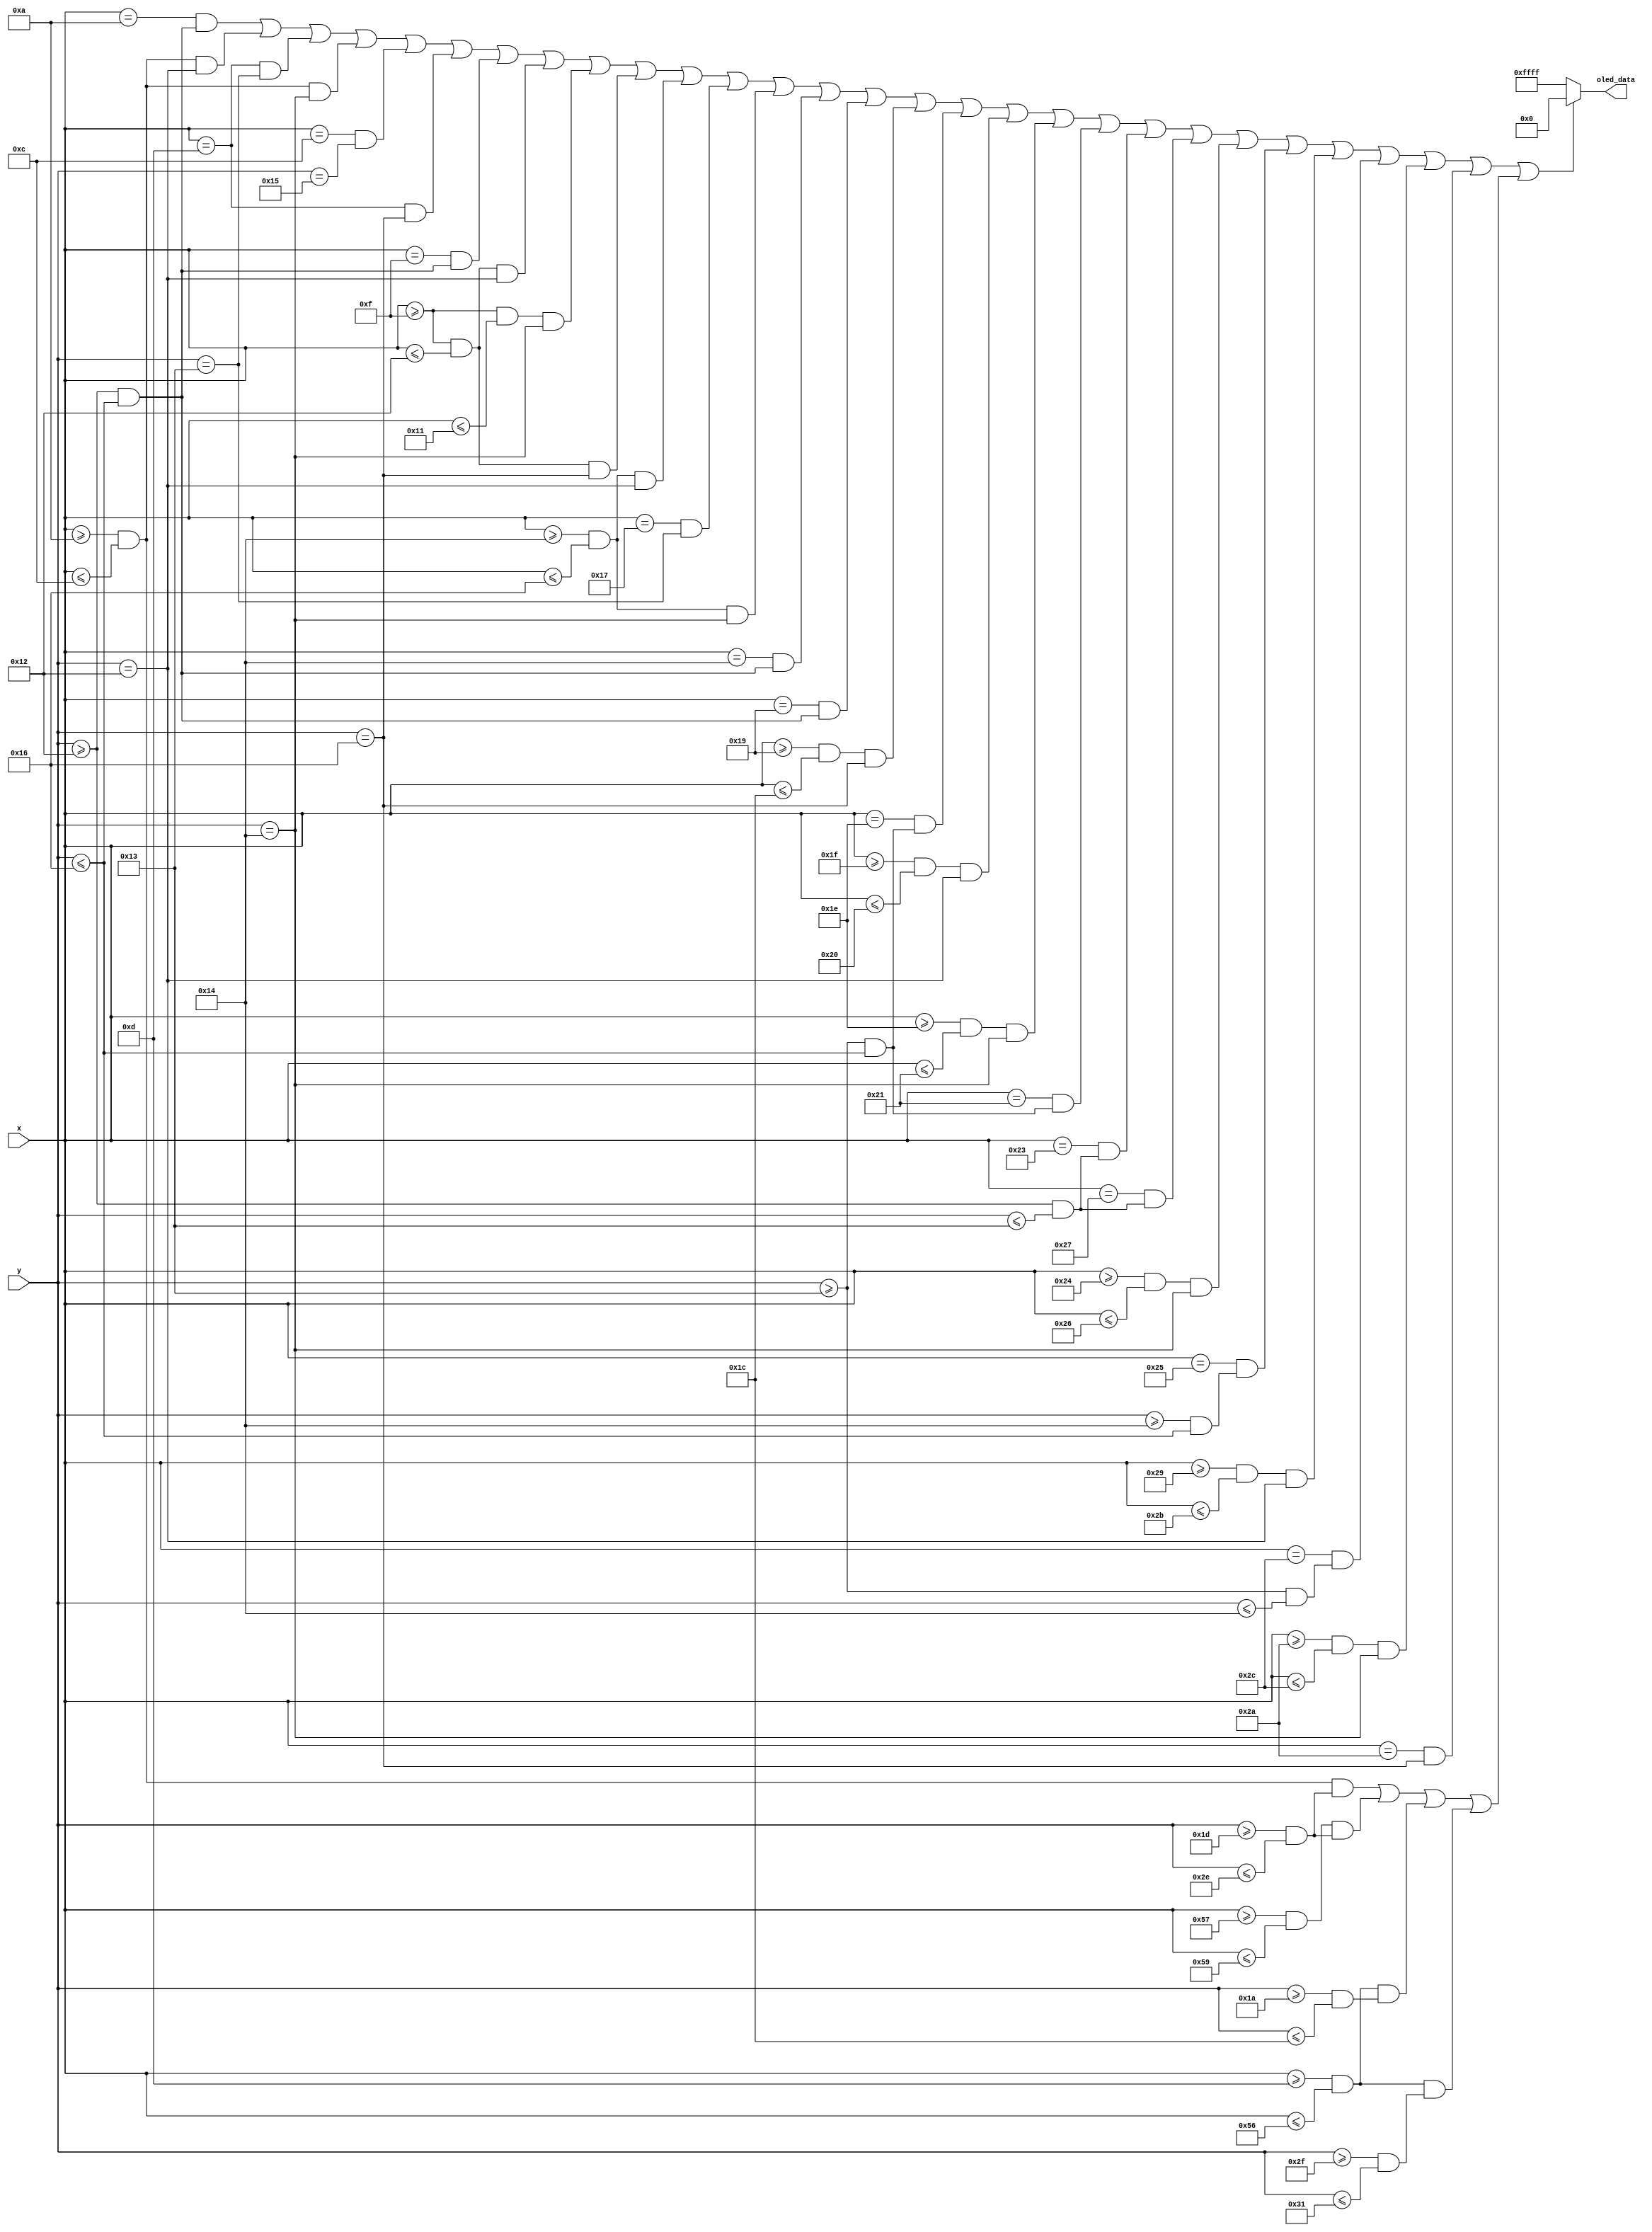
module Game_Replay(
  input [6:0] x,
  input [5:0] y,
  output reg [15:0] oled_data
);

//Define constant as local parameter
//Colour display
localparam GREEN = 16'h07E0;
localparam ORANGE = 16'hFFE0; //Yellow
localparam RED = 16'hF800;
localparam BLACK = 16'h0000;
localparam PURPLE = 16'hF81F;
localparam YELLOW = 16'hFC00;    
localparam BLUE = 16'h001F;
localparam WHITE = 16'hFFFF;
localparam CYAN = 16'hF81F;
localparam MAGENTA = 16'hF81F;
localparam BROWN = 16'h8204;
localparam SKYBLUE = 16'h5FFF;
localparam LIGHTGREEN = 16'hAFE5;
    
    
    wire REPLAY = ((x == 10) && (y >= 18 && y <= 22)) || ((x >= 10 && x <= 12) && (y == 18)) || ((x == 13) && (y == 19)) || ((x >= 10 && x <= 12) && (y == 20)) || ((x == 12) && (y == 21)) || ((x == 13) && (y == 22)) ||
                  ((x == 15) && (y >= 18 && y <= 22)) || ((x >= 15 && x <= 18) && (y == 18)) || ((x >= 15 && x <= 17) && (y == 20)) || ((x >= 15 && x <= 18) && (y == 22)) ||
                  ((x >= 20 && x <= 22) && (y == 18)) || ((x == 23) && (y == 19)) || ((x >= 20 && x <= 22) && (y == 20)) || ((x == 20) && (y >= 18 && y <= 22)) ||
                  ((x == 25) && (y >= 18 && y <= 22)) || ((x >= 25 && x <= 28) && (y == 22)) ||
                  ((x == 30) && (y >= 19 && y <= 22)) || ((x >= 31 && x <= 32) && (y == 18)) || ((x >= 30 && x <= 33) && (y == 20)) || ((x == 33) && (y >= 19 && y <= 22)) ||
                  ((x == 35) && (y >= 18 && y <= 19)) || ((x == 39) && (y >= 18 && y <= 19)) || ((x >= 36 && x <= 38) && (y == 20)) || ((x == 37) && (y >= 20 && y <= 22)) ||
                  ((x >= 41 && x <= 43) && (y == 18)) || ((x == 44) && (y >= 19 && y <= 20)) || ((x >= 42 && x <= 44) && (y ==20)) || ((x == 42) && (y == 22)); 

    wire LOADING_BAR_OB1 = ((x >= 10 && x <= 12) && (y >= 29 && y <= 46)) || ((x >= 87 && x <= 89) && (y >= 29 && y <= 46)) ||
                          ((x >= 13 && x <= 86) && (y >= 26 && y <= 28)) || ((x >= 13 && x <= 86) && (y >= 47 && y <= 49));
                          
    wire LOADING_BAR1 = ((x >= 14 && x <= 30) && (y >= 30 && y <= 45)) ||
                       ((x >= 32 && x <= 49) && (y >= 30 && y <= 45)) ||
                       ((x >= 51 && x <= 67) && (y >= 30 && y <= 45)) ||
                       ((x >= 69 && x <= 85) && (y >= 30 && y <= 45));
   
    always @ (*) begin
    oled_data = WHITE;
        if (REPLAY || LOADING_BAR_OB1) begin
            oled_data = BLACK;
        end
        //else if (LOADING_BAR1) begin
        //    oled_data = LIGHTGREEN; 
        //end
    end 
    
endmodule